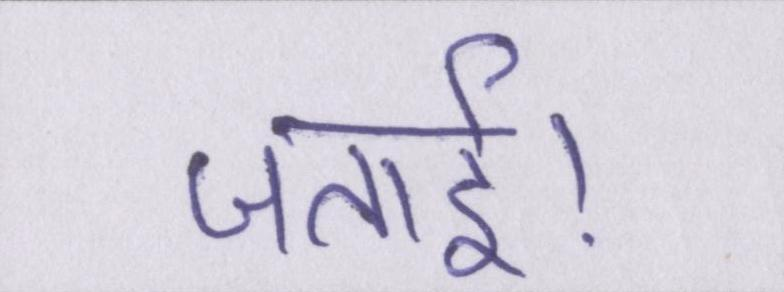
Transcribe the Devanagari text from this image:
जताई।